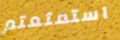
استمتعتم